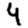
Digit: 4